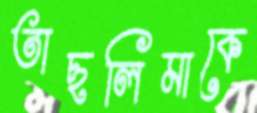
তাছলিমাকে